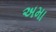
અમા